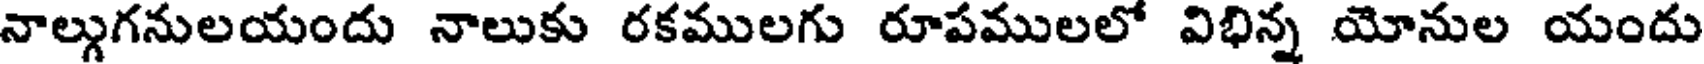
నాల్గుగనులయందు నాలుకు రకములగు రూపములలో విభిన్న యోనుల యందు